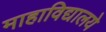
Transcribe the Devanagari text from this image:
माहाविद्यालये